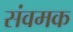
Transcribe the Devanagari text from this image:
संवमक